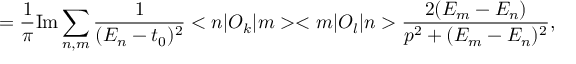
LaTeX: = \frac { 1 } { \pi } \mathrm { I m } \sum _ { n , m } \frac { 1 } { ( E _ { n } - t _ { 0 } ) ^ { 2 } } < n | O _ { k } | m > < m | O _ { l } | n > \frac { 2 ( E _ { m } - E _ { n } ) } { p ^ { 2 } + ( E _ { m } - E _ { n } ) ^ { 2 } } ,